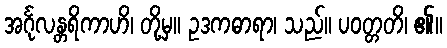
အင်္ဂုလန္တရိကာဟိ၊ တို့မှ။ ဥဒကဓာရာ၊ သည်။ ပဝတ္တတိ၊ ၏။